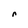
Character: r